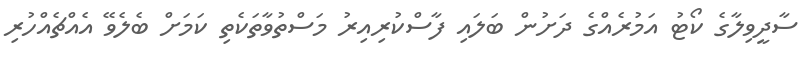
ސާދީވިލާގެ ކޯޓު އަމުރެއްގެ ދަށުން ބަލައި ފާސްކުރިއިރު މަސްތުވާތަކެތި ކަމަށް ބެލެވޭ އެއްޗެއްހުރި